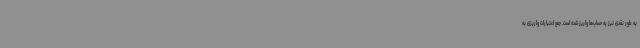
به‌ طور نقدی نیز به حساب‌ها واریز شده است. جمع اعتبارات واریزی به‌